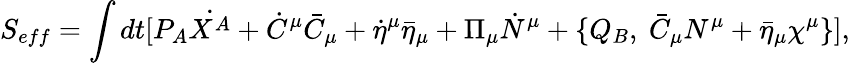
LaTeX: S_{eff}=\int dt[P_{A}\dot{X^{A}}+\dot{C}^{\mu}\bar{C}_{\mu}+\dot{\eta}^{\mu}\bar{\eta}_{\mu}+\Pi_{\mu}\dot{N}^{\mu}+\{ Q_{B},~\bar{C}_{\mu}N^{\mu}+\bar{\eta}_{\mu}\chi^{\mu}\} ],